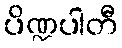
ပိဏ္ဍပါတီ